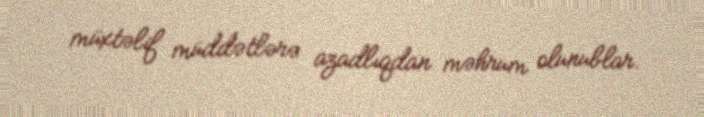
müxtəlif müddətlərə azadlıqdan məhrum olunublar.